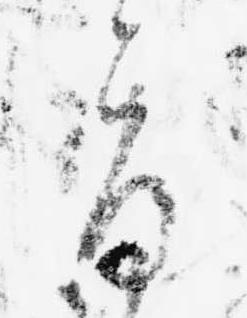
旨